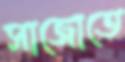
সাজোতে